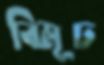
বিমূঢ়